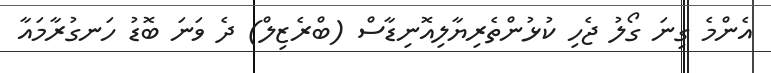
އެންމެ ގިނަ ގޯލު ޖެހި ކުޅުންތެރިޔާލިއޮނިޑާސް (ބްރެޒިލް) ދެ ވަނަ ބޮޑު ހަނގުރާމައާ